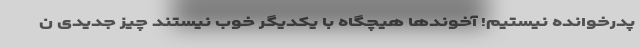
پدرخوانده نیستیم! آخوندها هیچگاه با یکدیگر خوب نیستند چیز جدیدی ن